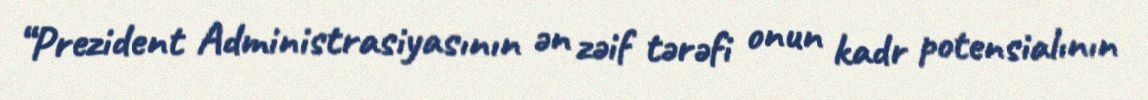
“Prezident Administrasiyasının ən zəif tərəfi onun kadr potensialının